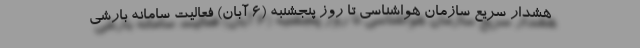
هشدار سریع سازمان هواشناسی تا روز پنجشنبه (۶ آبان) فعالیت سامانه بارشی